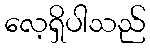
လေ့ရှိပါသည်